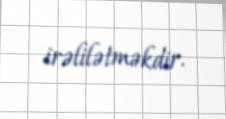
irəlilətməkdir.